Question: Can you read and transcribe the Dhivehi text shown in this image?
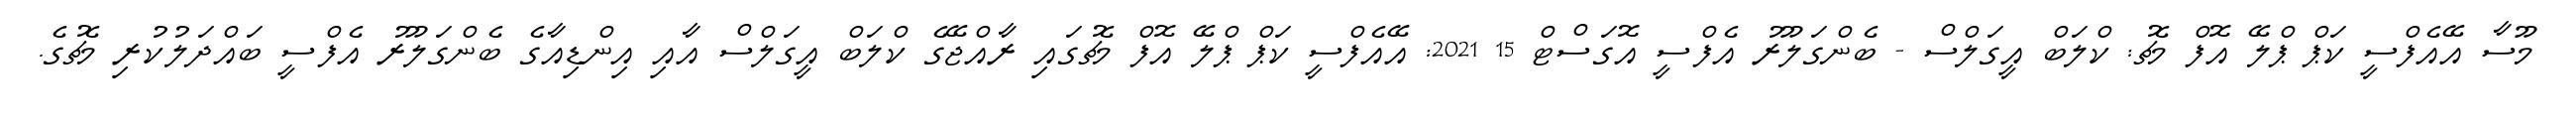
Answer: މޫސާ އޭއެފްސީ ކަޕް ޕްލޭ އޮފް މެޗު: ކްލަބް އީގަލްސް - ބެންގަލޫރު އެފްސީ އޮގަސްޓް 15 2021: އޭއެފްސީ ކަޕް ޕްލޭ އޮފް މެޗުގައި ރާއްޖޭގެ ކްލަބް އީގަލްސް އާއި އިންޑިއާގެ ބެންގަލޫރު އެފްސީ ބައްދަލުކުރި މެޗުގެ.